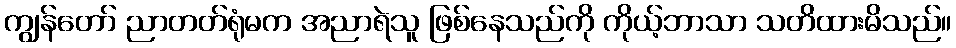
ကျွန်တော် ညာတတ်ရုံမက အညာရဲသူ ဖြစ်နေသည်ကို ကိုယ့်ဘာသာ သတိထားမိသည်။